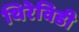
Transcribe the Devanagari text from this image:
थिरेविडी